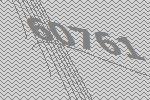
60761